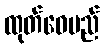
ထုတ်ဝေမည်